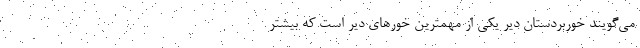
می‌گویند خوربردستان دیّر یکی از مهمترین خورهای دیّر است که بیشتر